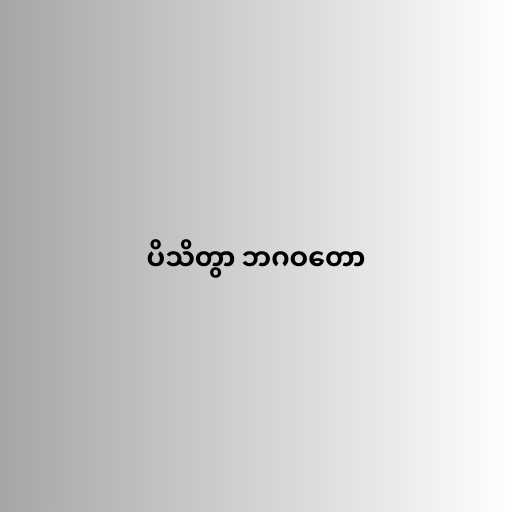
ပိသိတွာ ဘဂဝတော